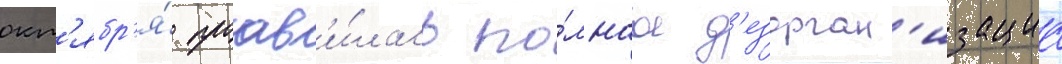
окт'ябр'я́ проав'и́лась по́лнаа д'езорган'изациа